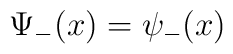
\Psi _{-}(x)=\psi _{-}(x)